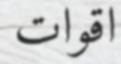
اقوات